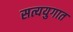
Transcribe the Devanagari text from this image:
सत्ययुगात